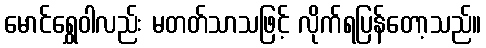
မောင်ရွှေဝါလည်း မတတ်သာသဖြင့် လိုက်ရပြန်တော့သည်။